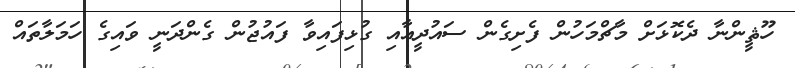
ހޫޘީންނާ ދެކޮޅަށް މާޗްމަހުން ފެށިގެން ސައުދީއާއި ގުޅިފައިވާ ފައުޖުން ގެންދަނީ ވައިގެ ހަމަލާތައް